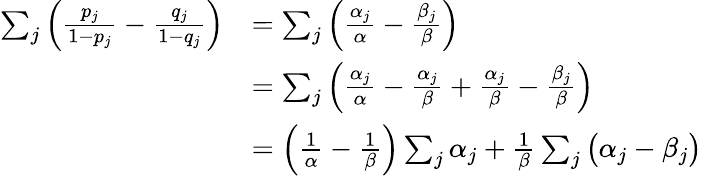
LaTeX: \begin{array}{rl}{\sum_{j}\Big(\frac{p_{j}}{1-p_{j}}-\frac{q_{j}}{1-q_{j}}\Big)}&{=\sum_{j}\Big(\frac{\alpha_{j}}{\alpha}-\frac{\beta_{j}}{\beta}\Big)}\\ &{=\sum_{j}\Big(\frac{\alpha_{j}}{\alpha}-\frac{\alpha_{j}}{\beta}+\frac{\alpha_{j}}{\beta}-\frac{\beta_{j}}{\beta}\Big)}\\ &{=\Big(\frac 1\alpha-\frac 1\beta\Big)\sum_{j}\alpha_{j}+\frac 1\beta\sum_{j}\big(\alpha_{j}-\beta_{j}\big)}\end{array}